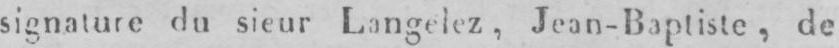
signature du sieur Langelez, Jean-Baptiste, de